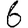
Digit: 6